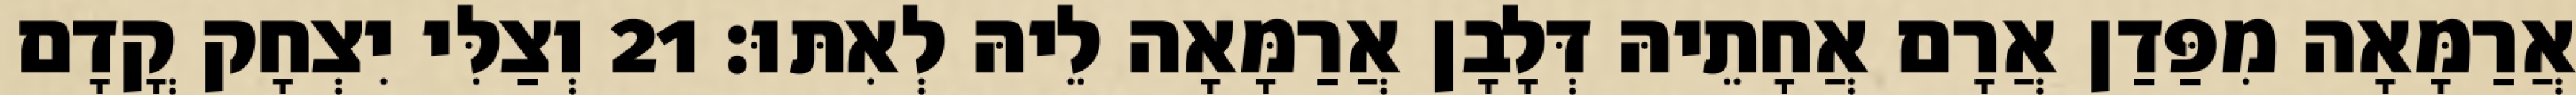
אֲרַמָּאָה מִפַּדַן אֲרָם אֲחָתֵיהּ דְּלָבָן אֲרַמָּאָה לֵיהּ לְאִתּוּ׃ 21 וְצַלִּי יִצְחָק קֳדָם